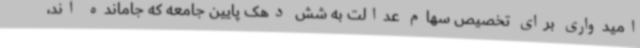
امیدواری برای تخصیص سهام عدالت به شش دهک پایین جامعه که جامانده اند،